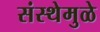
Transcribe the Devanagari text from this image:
संस्थेमुळे